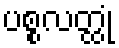
ပစ္စလတ္ထုံ